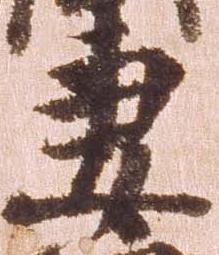
妻